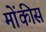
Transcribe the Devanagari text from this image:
मोंकीस